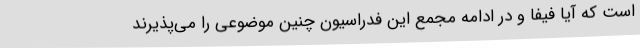
است که آیا فیفا و در ادامه مجمع این فدراسیون چنین موضوعی را می‌پذیرند